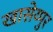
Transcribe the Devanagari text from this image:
खासेय्पुर